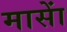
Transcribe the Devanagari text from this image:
मासाें